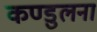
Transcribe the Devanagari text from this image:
कण्डुलना